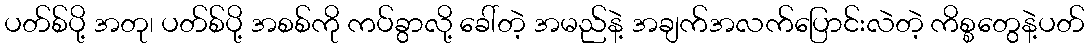
ပတ်စ်ပို့ အတု၊ ပတ်စ်ပို့ အစစ်ကို ကပ်ခွာလို့ ခေါ်တဲ့ အမည်နဲ့ အချက်အလက်ပြောင်းလဲတဲ့ ကိစ္စတွေနဲ့ပတ်